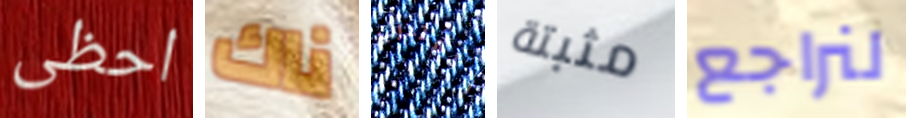
احظى ناك المتدرب مثبتة لنراجع